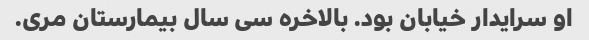
او سرایدار خیابان بود. بالاخره سی سال بیمارستان مری.